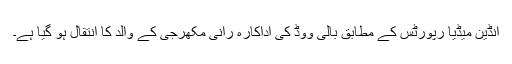
انڈین میڈٰیا رپورٹس کے مطابق بالی ووڈ کی اداکارہ رانی مکھرجی کے والد کا انتقال ہو گیا ہے۔